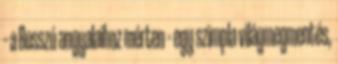
– a Bosszú angyalaihoz mérten – egy szimpla világmegmentés,